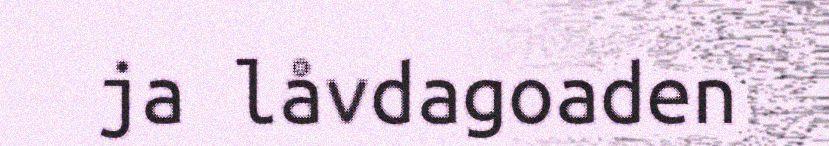
ja låvdagoaden